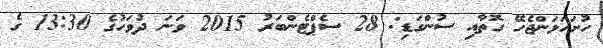
ހުށަހަޅަންޖެހޭ ގޮތާއި ސުންގަޑި: 28 ސެޕްޓެންބަރު 2015 ވަނަ ދުވަހުގެ 13:30 ގެ